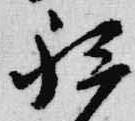
祗